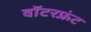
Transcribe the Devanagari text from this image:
वॉटरफ़्रंट